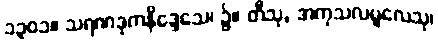
၁၃၀၁။ သရဏဒုကနိဒ္ဒေသေ၊ ၌။ တီသု, အကုသလမူလေသု၊